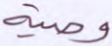
وصية